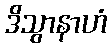
ဒိသွာနာဟံ